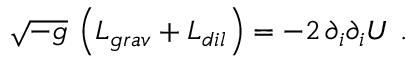
\sqrt { - g } \, \left( { \cal L } _ { g r a v } + { \cal L } _ { d i l } \right) = - 2 \, \partial _ { i } \partial _ { i } U \ .